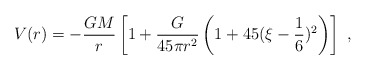
\begin{align*}V(r) = -\frac {GM}{r}\left[ 1+\frac{G}{45 \pi r^2}\left (1 + 45 (\xi -\frac{1}{6})^2\right )\right ]\,\, ,\end{align*}